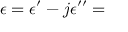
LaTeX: \epsilon = \epsilon ^ { \prime } - j \epsilon ^ { \prime \prime } =